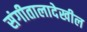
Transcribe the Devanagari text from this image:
संगीतालादेखील